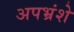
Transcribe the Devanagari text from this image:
अपभ्रंशे